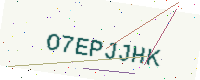
Text: O7EPJJHK